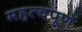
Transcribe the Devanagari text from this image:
महत्वपूणॅ